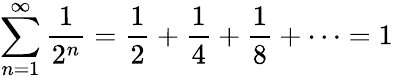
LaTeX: \sum_{n=1}^{\infty}{\frac{1}{2^{n}}}={\frac{1}{2}}+{\frac{1}{4}}+{\frac{1}{8}}+\cdots=1